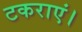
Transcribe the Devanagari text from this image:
टकराएं।